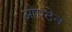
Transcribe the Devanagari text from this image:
ओएटेन